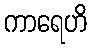
ကာရေဟိ